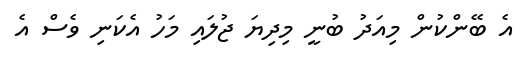
އެ ބޭންކުން މިއަދު ބުނީ މިދިޔަ ޖުލައި މަހު އެކަނި ވެސް އެ